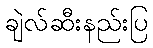
ချဲလ်ဆီးနည်းပြ